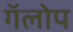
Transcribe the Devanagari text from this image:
गॅलोप